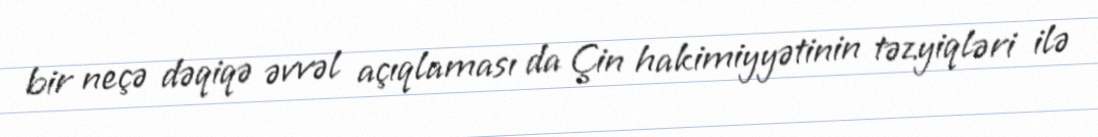
bir neçə dəqiqə əvvəl açıqlaması da Çin hakimiyyətinin təzyiqləri ilə